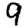
Digit: 9